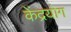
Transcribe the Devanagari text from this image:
केंद्रयोग